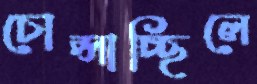
চোপ্‌সাচ্ছিলে